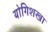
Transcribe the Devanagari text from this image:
योगिशखा